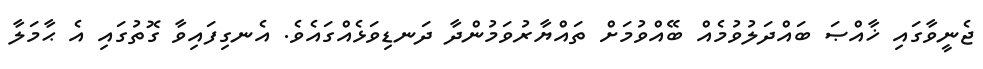
ޖެނީވާގައި ޚާއްޞަ ބައްދަލުވުމެއް ބޭއްވުމަށް ތައްޔާރުވަމުންދާ ދަނޑިވަޅެއްގައެވެ. އެނގިފައިވާ ގޮތުގައި އެ ޙާމަލާ